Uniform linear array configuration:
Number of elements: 8
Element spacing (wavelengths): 0.5
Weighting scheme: cosine
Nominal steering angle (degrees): -60
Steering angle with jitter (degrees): -60.529
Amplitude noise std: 0.05
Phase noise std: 0.05

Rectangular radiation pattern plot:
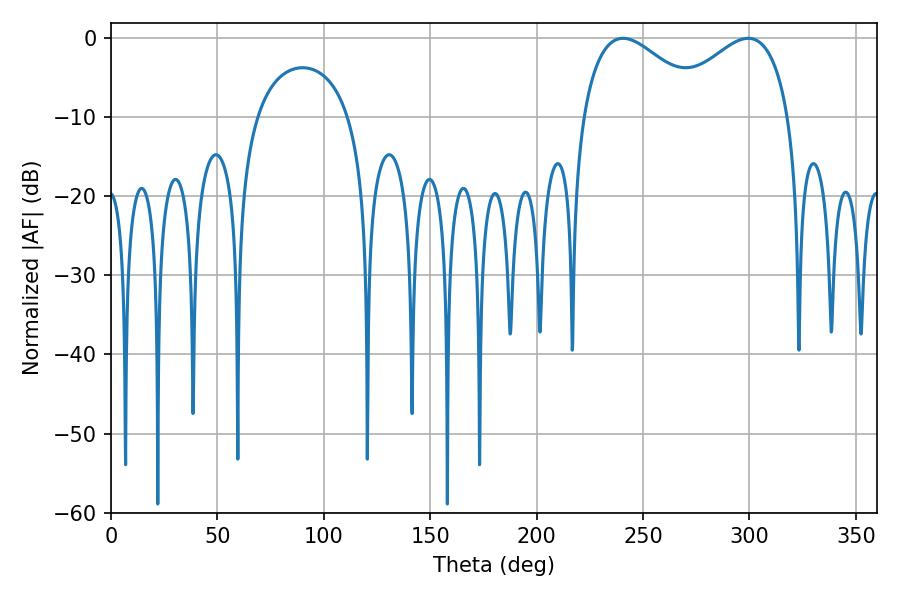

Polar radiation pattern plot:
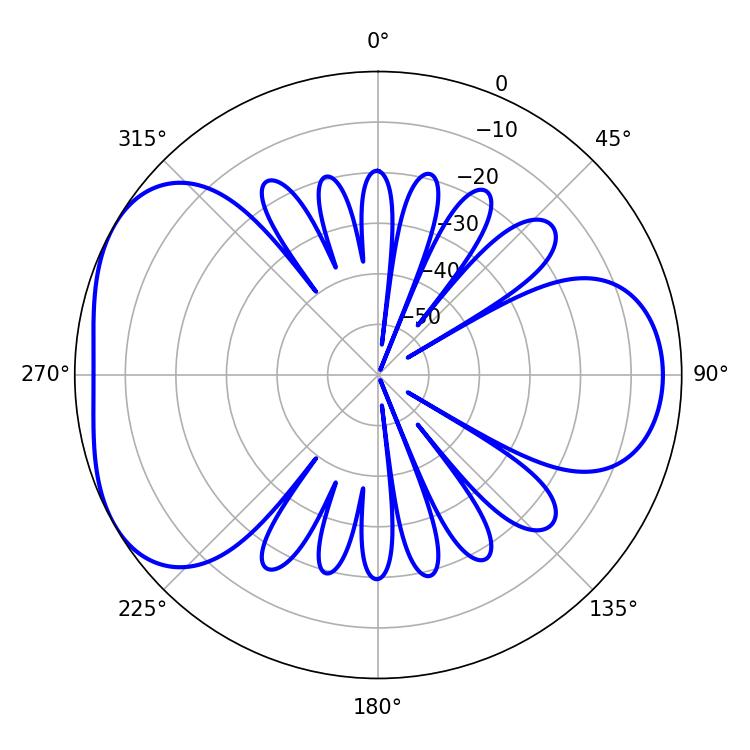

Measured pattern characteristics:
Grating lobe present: FALSE
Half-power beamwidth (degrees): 32.04
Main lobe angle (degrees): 240.66